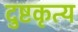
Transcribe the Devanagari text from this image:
दुष्टकृत्य